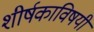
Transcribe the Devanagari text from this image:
शीर्षकाविषयी